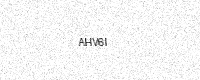
Text: AHV6I